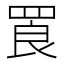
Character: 䍚